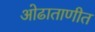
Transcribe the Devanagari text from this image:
ओढाताणीत